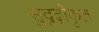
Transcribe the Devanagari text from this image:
सुदृढ़ीकृत